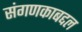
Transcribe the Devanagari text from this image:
संगणकाबद्दल